Civil Veterinary Dept. Bombay admin report 1923-31 - 1923-1931
Year: 1923
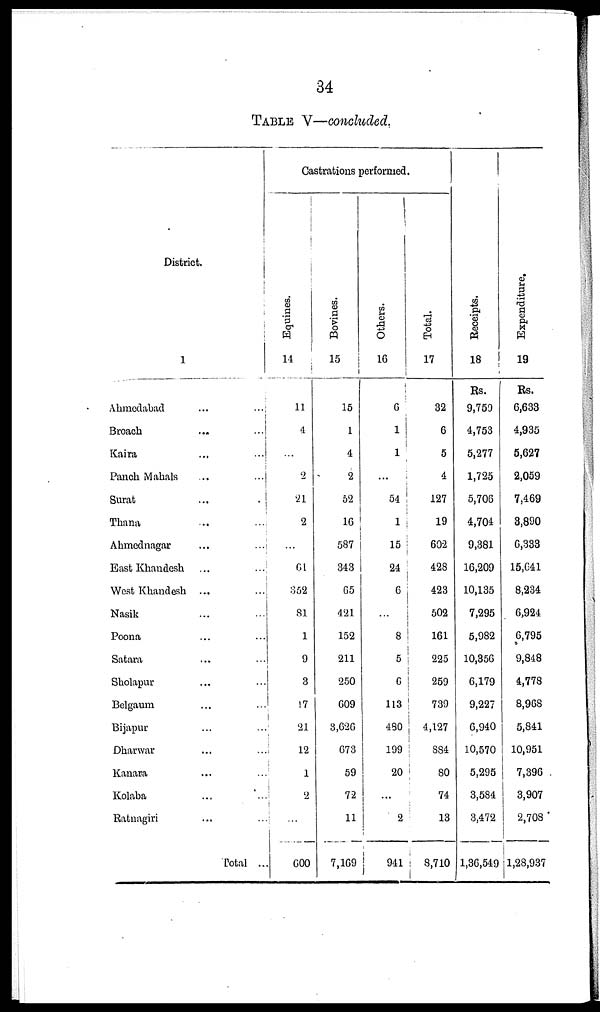
34
TABLE V—concluded,
District.
1
Ahmedabad ... ...
Broach ... ...
Kaira ... ...
Panch Mahals ... ...
Surat ... ...
Thana ... ...
Ahmednagar ... ...
East Khandesh ... ...
West Khandesh ... ...
Nasik ... ...
Poona ... ...
Satara ... ...
Sholapur ... ...
Belgaum ... ...
Bijapur ... ...
Dharwar ... ...
Kanara ... ...
Kolaba ... ...
Ratnagiri ... ...
Total ...
Castrations performed.
Equines.
14
11
4
...
2
21
2
...
61
352
81
1
9
3
17
21
12
1
2
...
600
Bovines.
15
15
1
4
2
52
16
587
343
65
421
152
211
250
609
8,626
673
59
72
11
7,169
Others.
16
6
1
1
...
54
1
15
24
6
...
8
5
6
113
480
199
20
...
2
941
Total.
17
32
6
5
4
127
19
602
428
423
502
161
225
259
739
4,127
884
80
74
13
8,710
Receipts.
18
Rs.
9,759
4,753
5,277
1,725
5,706
4,704
9,381
16,209
10,135
7,295
5,982
10,356
6,179
9,227
6,940
10,570
5,295
3,584
3,472
1,36,549
Expenditure.
19
Rs.
6,633
4,935
5,627
2,059
7,469
3,890
6,333
15,641
8,234
6,924
6,795
9,848
4,778
8,968
5,841
10,951
7,396
3,907
2,708
1,28,937